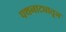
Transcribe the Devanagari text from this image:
पथनाट्यातून